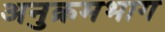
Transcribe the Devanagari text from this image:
अनुक्रमभाग